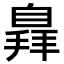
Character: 𦤛